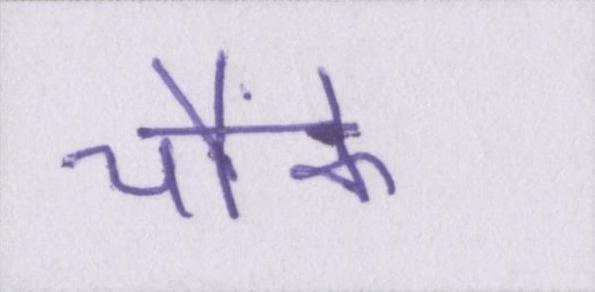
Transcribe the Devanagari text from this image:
चौंके